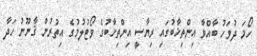
ހޯމަ ދުވަހު ބާއްވާ އިންތިޚާބުގައި ރިޔާސީ އިންތިޚާބުގެ ވޯޓުލުމުގެ އިތުރުން ޤާނޫނު ހަދާ